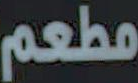
مطعم